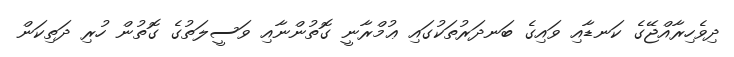
ދިވެހިރާއްޖޭގެ ކަނޑާއި ވައިގެ ބަނދަރުތަކުގައި ޢުމްރާނީ ގޮތުންނާއި ވަސީލަތުގެ ގޮތުން ހުރި ދަތިކަން